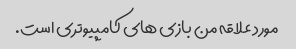
مورد علاقه من بازی های کامپیوتری است.